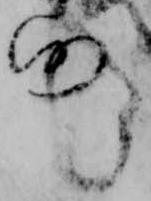
仍